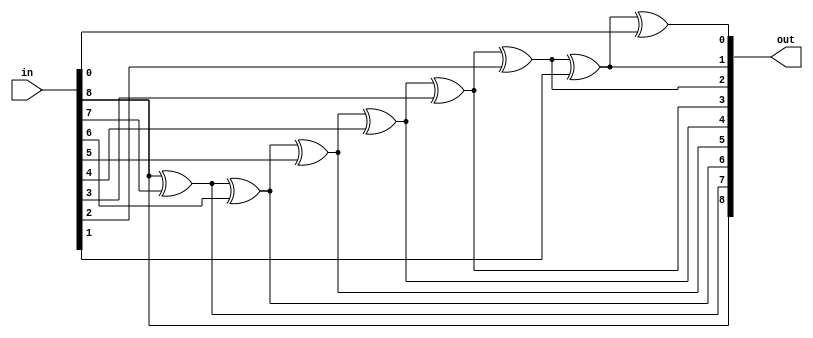
//--------------------------------------------------------------------
//
// File        : g2b
// Description : gray to binary converter file
//--------------------------------------------------------------------

module g2b (
	    in,
	    out
	    );
   
   //`include "parameter.v"
   //parameter N = $clog2(D);
   parameter N = 9;
   
   //--------------------------------------------------------------------
   // inputs
   //--------------------------------------------------------------------
   input wire [N-1:0] in;
   
   //--------------------------------------------------------------------
   // outputs
   //--------------------------------------------------------------------
   output reg [N-1:0] out;
   
   //--------------------------------------------------------------------
   // internals
   //--------------------------------------------------------------------
   integer 	    i;
   
   //--------------------------------------------------------------------
   // module
   //--------------------------------------------------------------------
   always @(*)
     begin
	out[N-1] = in[N-1];                    // b_(n) = g_(n)
	for (i = N-2; i >= 0; i = i - 1)   
	  out[i] = out[i + 1] ^ in[i];     // b_(i) = b_(i+1) ^ g_(i)
     end
   
endmodule